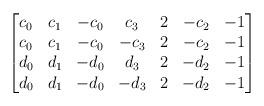
LaTeX: \begin{align*}\begin{bmatrix}c_0 & c_1 & -c_0 & c_3 & 2 & -c_2 & -1 \\c_0 & c_1 & -c_0 & -c_3 & 2 & -c_2 & -1 \\d_0 & d_1 & -d_0 & d_3 & 2 & -d_2 & -1 \\d_0 & d_1 & -d_0 & -d_3 & 2 & -d_2 & -1 \end{bmatrix}\end{align*}